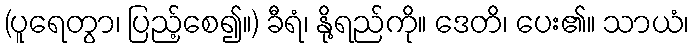
(ပူရေတွာ၊ ပြည့်စေ၍။) ခီရံ၊ နို့ရည်ကို။ ဒေတိ၊ ပေး၏။ သာယံ၊